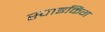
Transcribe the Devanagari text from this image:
स्पाइकिंग